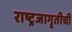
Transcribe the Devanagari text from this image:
राष्ट्रजागृतीची